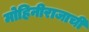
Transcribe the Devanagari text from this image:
मोहिनीराजाची